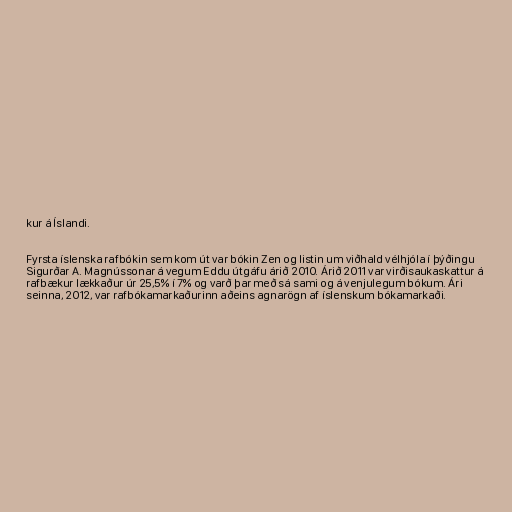
kur á Íslandi.

Fyrsta íslenska rafbókin sem kom út var bókin Zen og listin um viðhald vélhjóla í þýðingu
Sigurðar A. Magnússonar á vegum Eddu útgáfu árið 2010. Árið 2011 var virðisaukaskattur á
rafbækur lækkaður úr 25,5% í 7% og varð þar með sá sami og á venjulegum bókum. Ári
seinna, 2012, var rafbókamarkaðurinn aðeins agnarögn af íslenskum bókamarkaði.